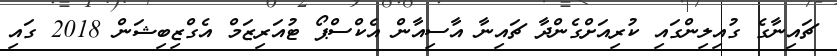
ޗައިނާގެ ގުއިލިންގައި ކުރިއަށްގެންދާ ޗައިނާ އާސިއާން އެކްސްޕޯ ޓުއަރިޒަމް އެގްޒިބިޝަން 2018 ގައި